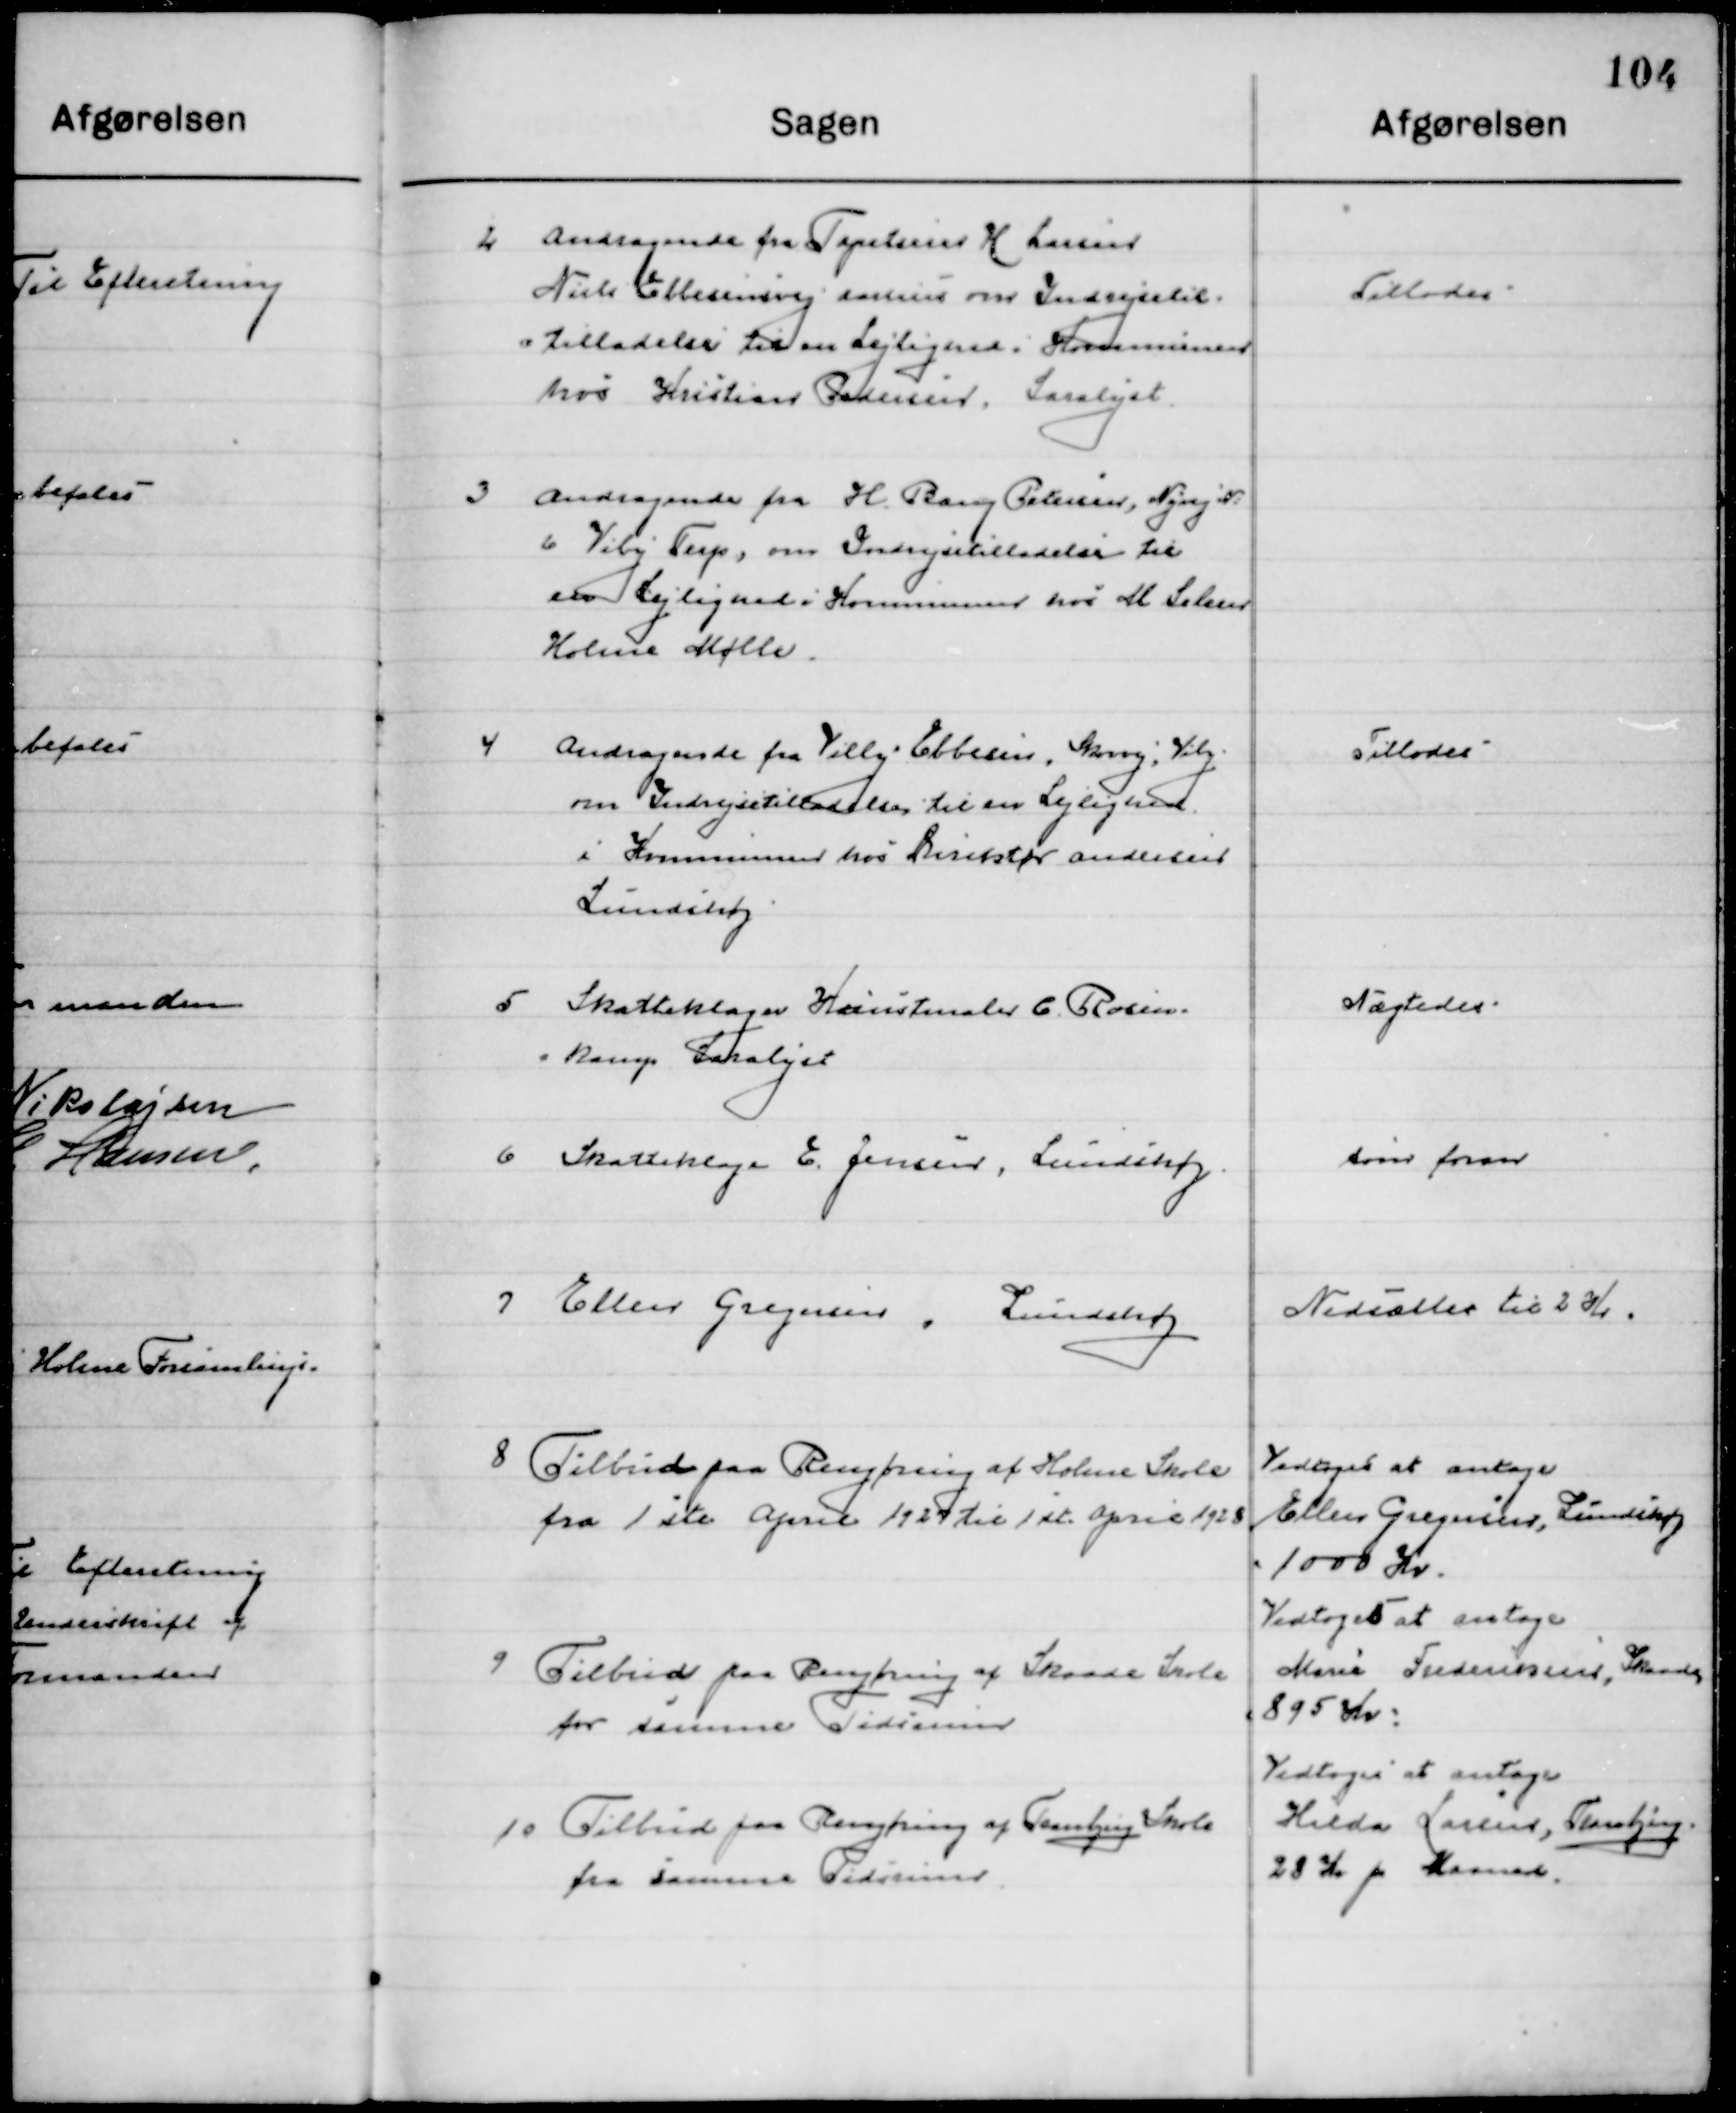
Transskription:
2

Andragende fra Tapetsere H. Larsen
Niels Ebbesensvej Aarhus om Indrejse-
tilladelse til en Lejlighed i Kommunen 
hos Kristian Pedersen, Saralyst.

Tillodes

3

Andragende fra H. Bang Pedersen, Nyvej No.
6 Viby Terp, om Indrejsetilladelse til 
en Lejlighed i Kommunen hos M. Selesen
Holme Mølle.

4

Andragende fra Villy Ebbesen, Skovvej, Viby
om Indrejsetilladelse til en Lejlighed
i Kommunen hos Direktør Andersen		
Lundshøj.

Tillodes

5

Skatteklage Husassistent C. Rosen-
kamp Saralyst

Nægtedes

6

Skatteklage E. Jensen Lundshøj

som foran

7

Ellen Gregersen, Lundshøj

Nedsættes til 2 Kr.

8

Tilbud paa Rengøring af Holme Skole
fra 1ste April 1927 til 1st. April 1928

Vedtoges at antage
Ellen Gregersens, Lundshøj
1000 Kr.

9

Tilbud paa Rengøring af Skaade Skole
for samme Tidsrum

Vedtoges at antage
Marie Frederiksens, Skåde
895 Kr.

10

Tilbud paa Rengøring af Tranbjerg Skole
for samme Tidsrum

Vedtoges at antage
Hilda Larsen, Tranbjerg
28 Kr. pr. Maaned